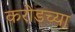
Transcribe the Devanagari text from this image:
करोडच्या